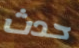
حدث